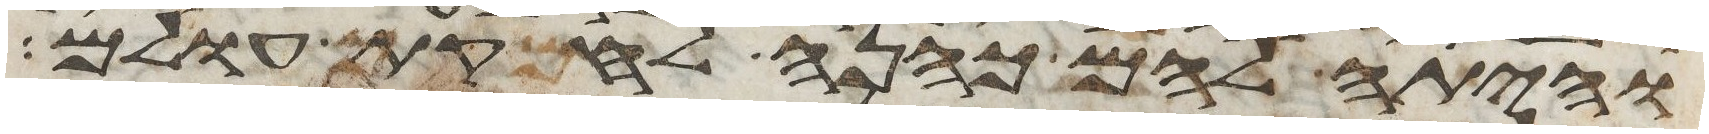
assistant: והיתה להם כהנה לחקת עולם